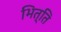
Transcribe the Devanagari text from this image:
भित्‍ति